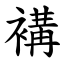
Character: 褠